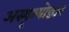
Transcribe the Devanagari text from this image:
अस्पृश्योद्धार